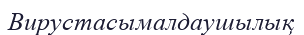
Вирустасымалдаушылық